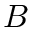
B